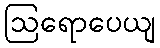
ဩရောပေယျ